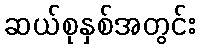
ဆယ်စုနှစ်အတွင်း